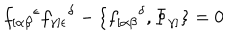
f _ { [ \alpha \beta } { } ^ { \epsilon } f _ { \gamma ] \epsilon } { } ^ { \delta } - \{ f _ { [ \alpha \beta } { } ^ { \delta } , \Phi _ { \gamma ] } \} = 0